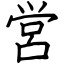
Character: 営